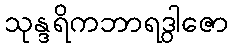
သုန္ဒရိကဘာရဒွါဇော